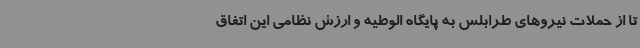
تا از حملات نیروهای طرابلس به پایگاه الوطیه و ارزش نظامی این اتفاق